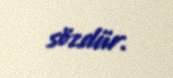
sözdür.